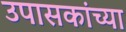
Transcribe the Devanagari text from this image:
उपासकांच्या